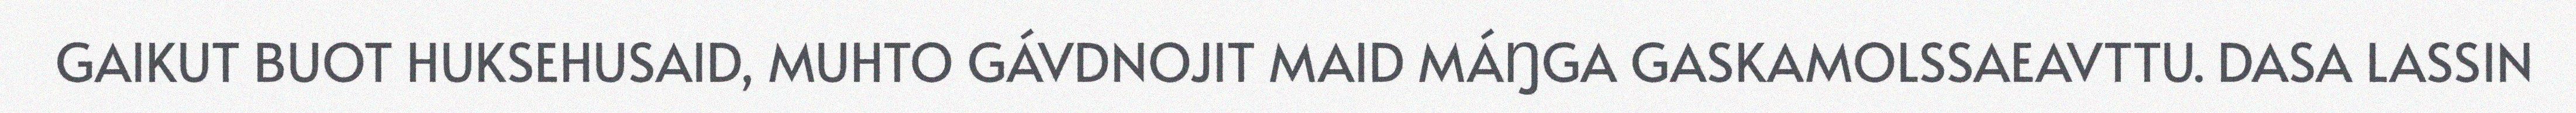
GAIKUT BUOT HUKSEHUSAID, MUHTO GÁVDNOJIT MAID MÁŊGA GASKAMOLSSAEAVTTU. DASA LASSIN